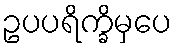
ဥပပရိက္ခိမှပေ